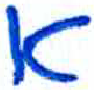
אות: א